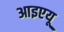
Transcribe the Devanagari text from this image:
आइएयू